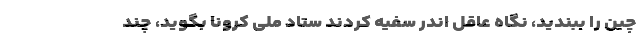
چین را ببندید، نگاه عاقل اندر سفیه کردند ستاد ملی کرونا بگوید، چند